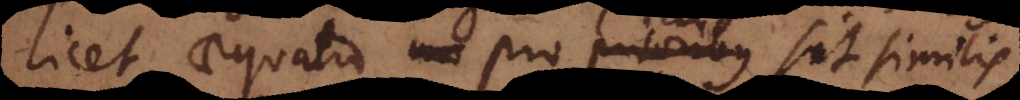
licet aequatio pro illis sit similis